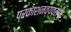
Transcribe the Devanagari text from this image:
प्रकाशनव्यवस्था